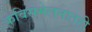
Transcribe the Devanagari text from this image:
कविसंमेलनातही